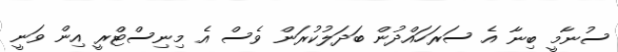
ސުނާމީ ބިނާ އެ ސަރަހައްދުން ބަދަލުކުރަން ވެސް އެ މިނިސްޓްރީ އިން ވަނީ